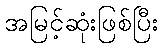
အမြင့်ဆုံးဖြစ်ပြီး